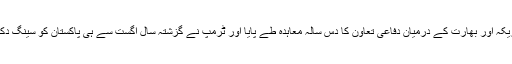
البتہ اس بیچ امریکہ اور بھارت کے درمیان دفاعی تعاون کا دس سالہ معاہدہ طے پایا اور ٹرمپ نے گزشتہ سال اگست سے ہی پاکستان کو سینگ دکھا نا شروع کیا۔